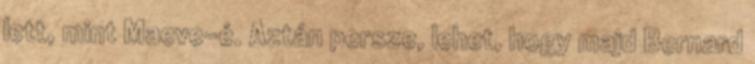
lett, mint Maeve-é. Aztán persze, lehet, hogy majd Bernard